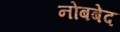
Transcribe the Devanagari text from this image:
नोबबेद